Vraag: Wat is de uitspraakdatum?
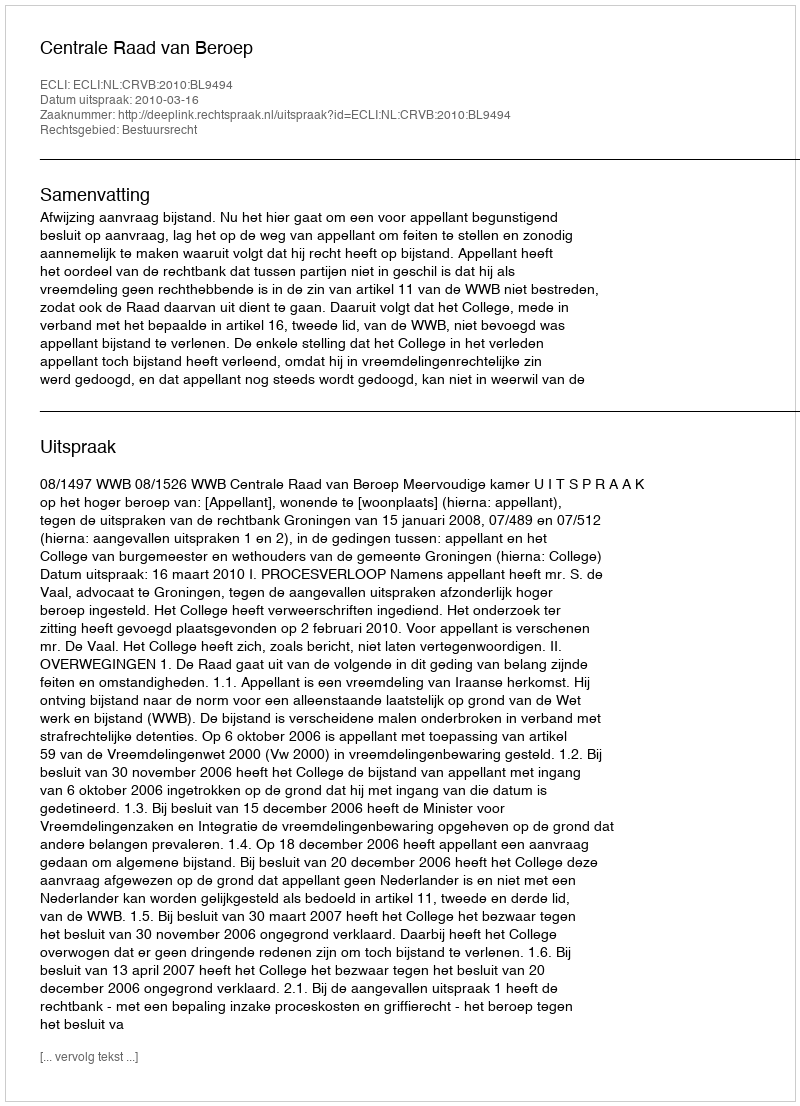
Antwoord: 2010-03-16